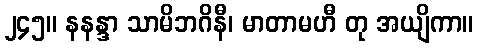
၂၄၅။ နနန္ဒာ သာမိဘဂိနီ၊ မာတာမဟီ တု အယျိကာ။